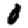
Digit: 0